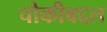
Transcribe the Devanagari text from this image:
चौकीबद्दल